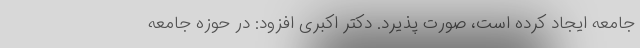
جامعه ایجاد کرده است، صورت پذیرد. دکتر اکبری افزود: در حوزه جامعه